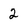
Character: 2